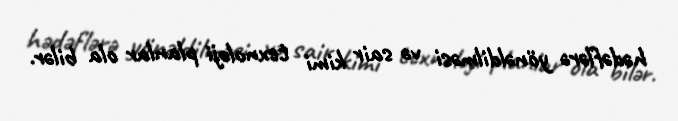
hədəflərə yönəldilməsi və sair kimi texnoloji planlar ola bilər.